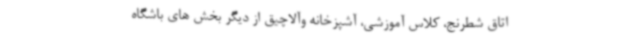
اتاق شطرنج، کلاس آموزشی، آشپزخانه وآلاچیق از دیگر بخش های باشگاه